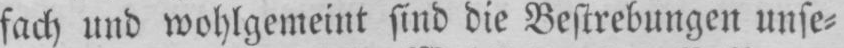
fach und wohlgemeint sind die Bestrebungen unse⸗